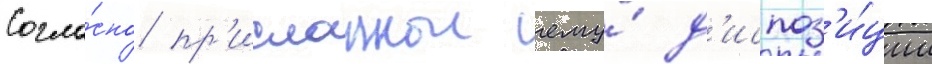
Согла́сно пр'исланнои ему́ д'испоз'и́ции